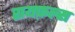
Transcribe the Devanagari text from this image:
रायफ़ल्स